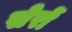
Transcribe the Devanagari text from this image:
सेरों